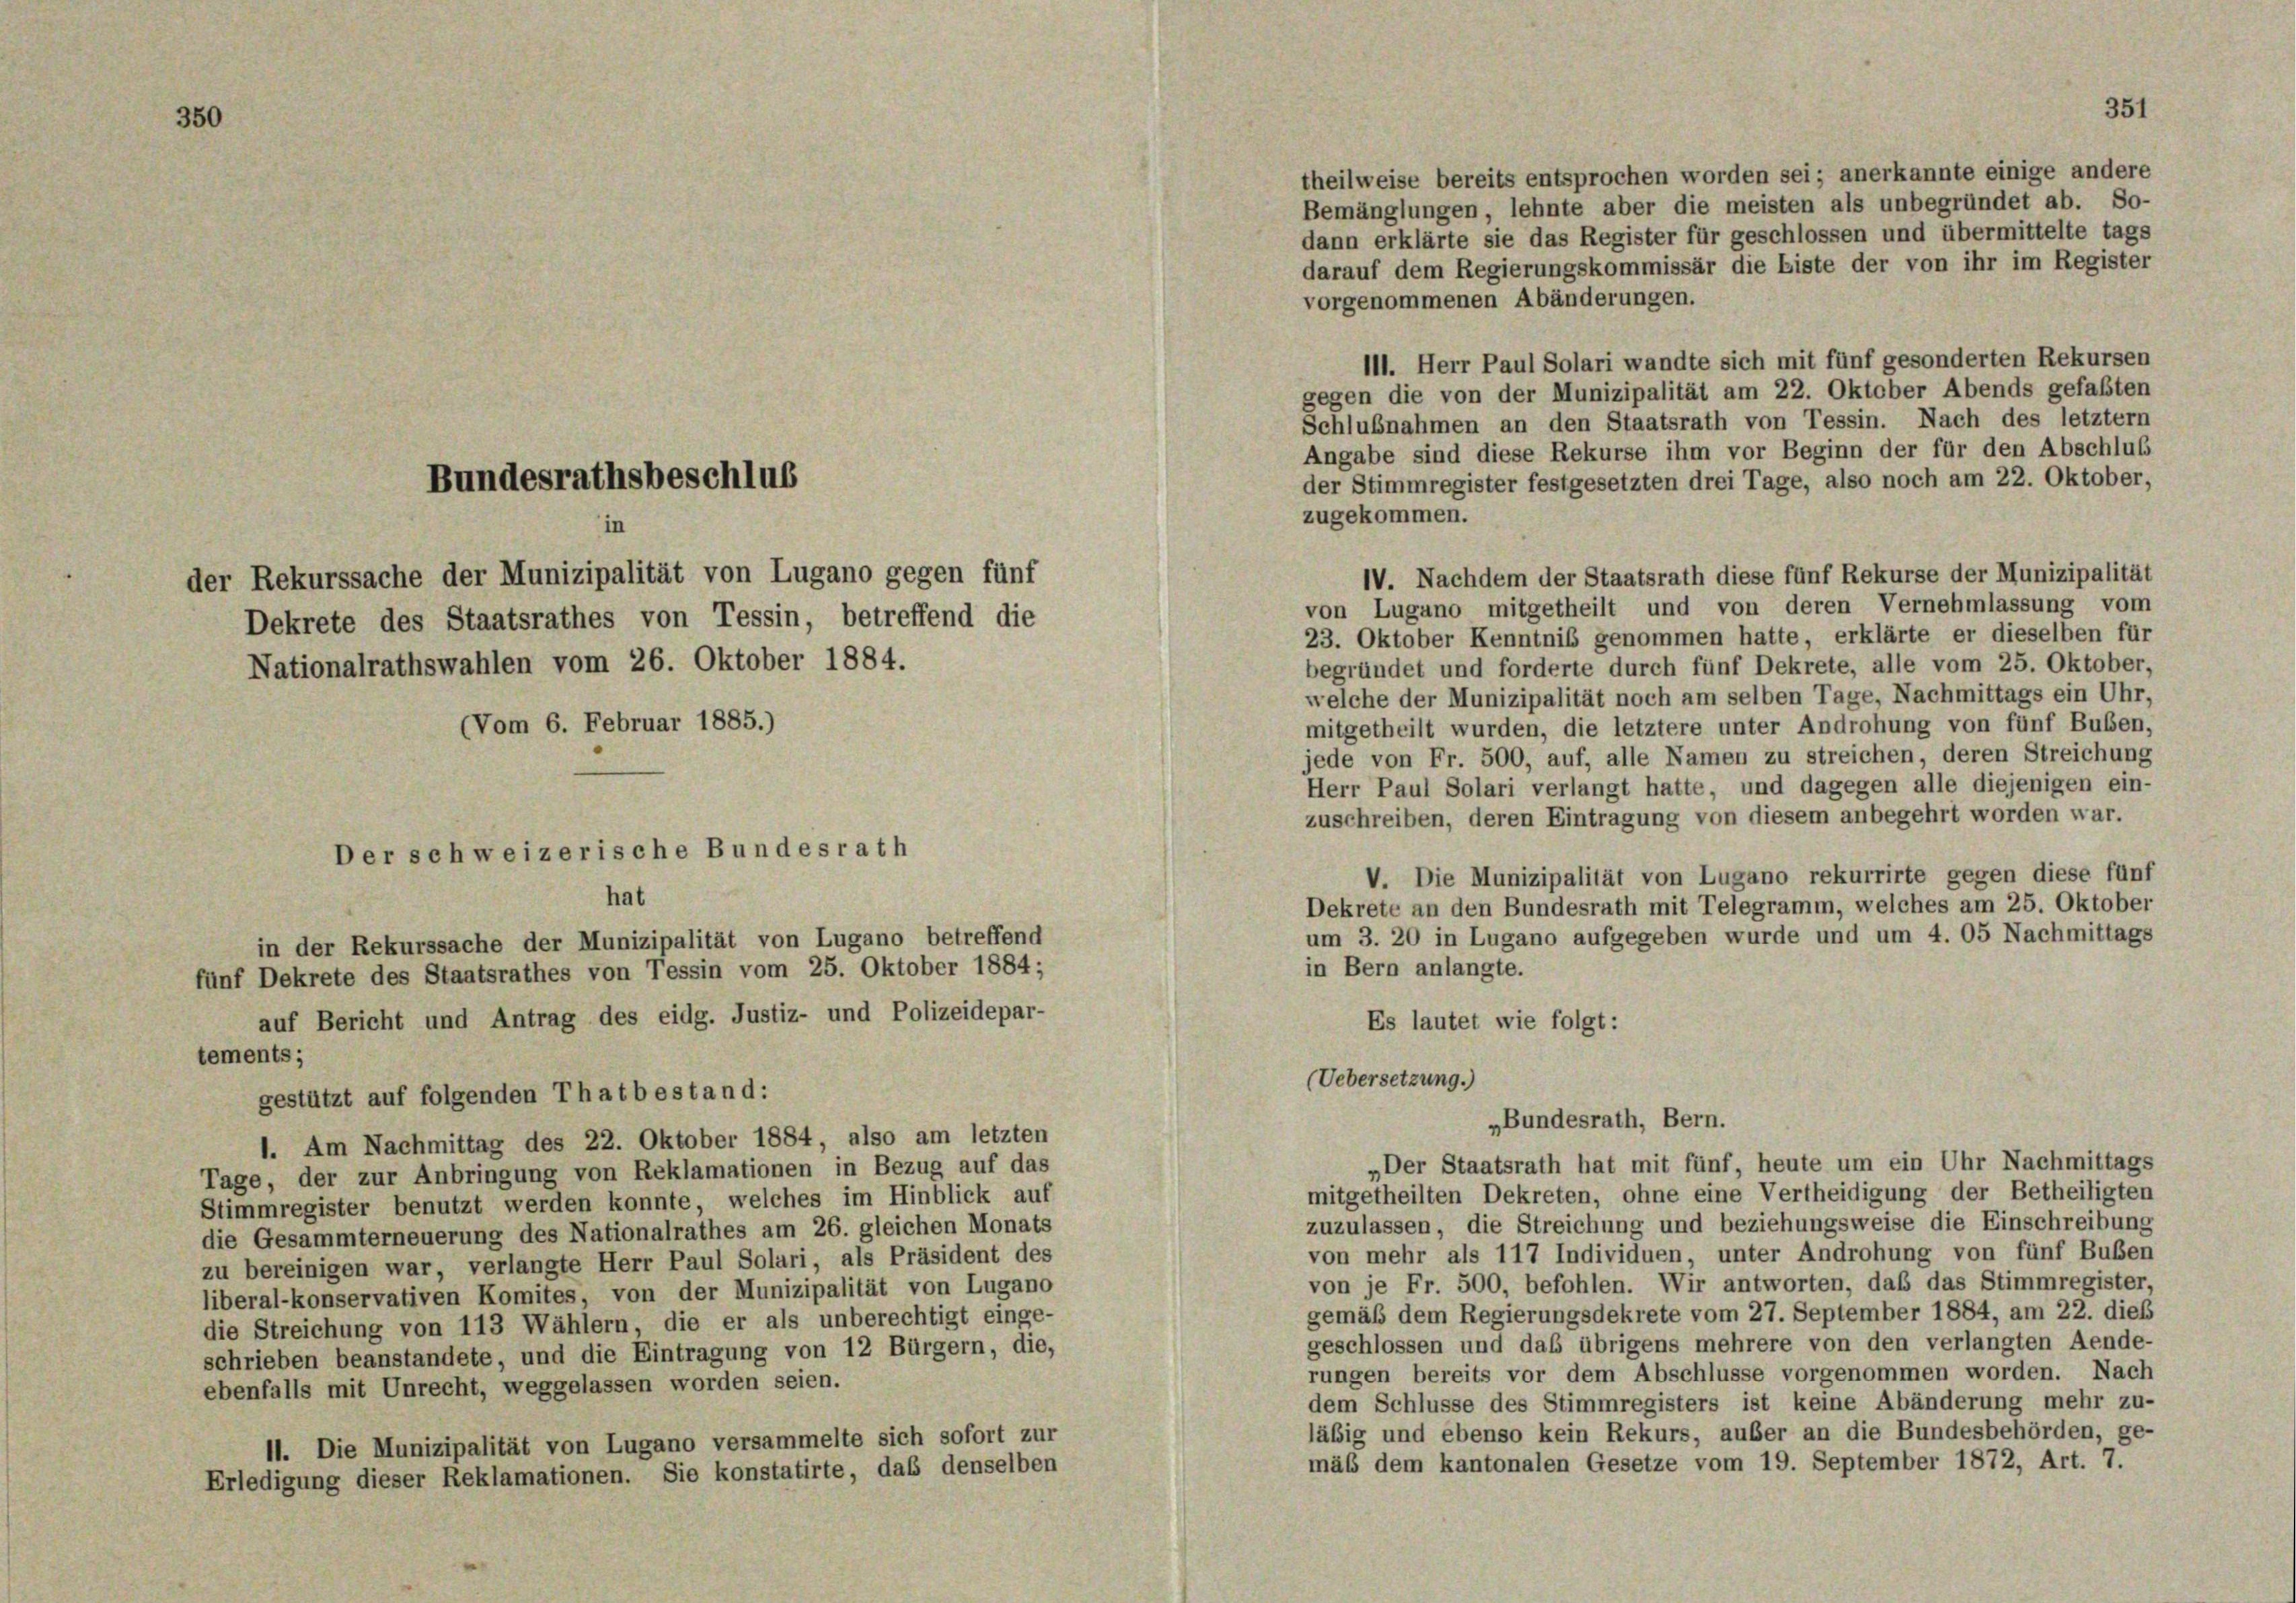
theilweise bereits entsprochen worden sei; anerkannte einige andere
Bemänglungen, lehnte aber die meisten als unbegründet ab. So-
dann erklärte sie das Register für geschlossen und übermittelte tags
darauf dem Regierungskommissär die Biste der von ihr im Register
vorgenommenen Abänderungen.
111. Herr Paul Solari wandte sich mit fünf gesonderten Rekursen
gegen die von der Munizipalität am 22. Oktober Abends gefaßten
Schlußnahmen an den Staatsrath von Tessin. Nach des letztem
Angabe sind diese Rekurse ihm vor Beginn der für den Abschluß
der Stimmregister festgesetzten drei Tage, also noch am 22. Oktober,
zugekommen.
IV. Nachdem der Staatsrath diese fünf Rekurse der Munizipalität
von Lugano mitgetheilt und von deren Vernehmlassung vom
23. Oktober Kenntnis genommen hatte, erklärte er dieselben für
begründet und forderte durch fünf Dekrete, alle vom 25. Oktober,
welche der Munizipalität noch am selben Tage, Nachmittags ein Uhr,
mitgetheilt wurden, die letztere unter Androhung von fünf Buben,
jede von Fr. 500, auf, alle Namen zu streichen, deren Streichung
Herr Paul Solari verlangt hatte, und dagegen alle diejenigen ein-
zuschreiben, deren Eintragung von diesem anbegehrt worden war.
Der schweizerische Bundesrath
V. Die Munizipalität von Lugano rekurrirte gegen diese fünf
hat
Dekrete an den Bundesrath mit Telegramm, welches am 25. Oktober
um 3. 20 in Lugano aufgegeben wurde und um 4. 05 Nachmittags
in der Rekurssache der Munizipalität von Lugano betreffend
in Bern anlangte.
fünf Dekrete des Staatsrathes von Tessin vom 25. Oktober 1884;
auf Bericht und Antrag des eidg. Justiz- und Polizeidepar-
Es lautet wie folgt:
tements;
(Uebersetzung.)
gestützt auf folgenden Thatbestand:
„Bundesrath, Bern.
1. Am Nachmittag des 22. Oktober 1884, also am letzten
„Der Staatsrath hat mit fünf, heute um ein Uhr Nachmittags
Tage, der zur Anbringung von Reklamationen in Bezug auf das
mitgetheilten Dekreten, ohne eine Vertheidigung der Betheiligten
Stimmregister benutzt werden konnte, welches im Hinblick auf
zuzulassen, die Streichung und beziehungsweise die Einschreibung
die Gesammterneuerung des Nationalrathes am 26. gleichen Monats
von mehr als 117 Individuen, unter Androhung von fünf Buben
zu bereinigen war, verlangte Herr Paul Solari, als Präsident des
von je Fr. 500, befohlen. Wir antworten, daß das Stimmregister,
liberal-konservativen Komites, von der Munizipalität von Lugano
gemäß dem Regierungsdekrete vom 27. September 1884, am 22. dies
die Streichung von 113 Wählern, die er als unberechtigt einge-
geschlossen und daß übrigens mehrere von den verlangten Aende-
schrieben beanstandete, und die Eintragung von 12 Bürgern, die,
rungen bereits vor dem Abschlüsse vorgenommen worden. Nach
ebenfalls mit Unrecht, weggelassen worden seien.
dem Schlüsse des Stimmregisters ist keine Abänderung mehr zu-
läbig und ebenso kein Rekurs, außer an die Bundesbehörden, ge-
11. Die Munizipalität von Lugano versammelte sich sofort zur
mäß dem kantonalen Gesetze vom 19. September 1872, Art. 7.
Erledigung dieser Reklamationen. Sie konstatirte, daß denselben

Nationalrathswahlen vom 26. Oktober 1884.

der Rekurssache der Munizipalität von Lugano gegen fünf

Bundesrathsbeschlus

Dekrete des Staatsrathes von Tessin, betreffend die
(Vom 6. Februar 1885.)

351